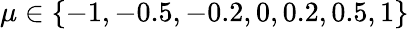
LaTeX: \mu\in\{ -1,-0.5,-0.2,0,0.2,0.5,1\}